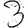
Digit: 3